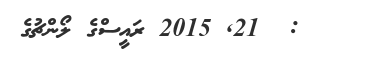
:  21